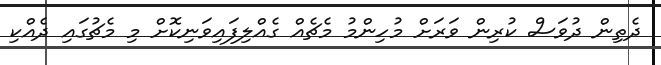
ދެތިން ދުވަސް ކުރިން ވަރަށް މުހިންމު މެޗެއް ގެއްލިފައިވަނިކޮށް މި މެޗުގައި ދެެއްކި